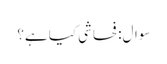
سوال: فحاشی کیا ہے؟